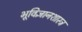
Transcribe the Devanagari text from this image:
भूविज्ञानशास्त्र